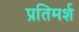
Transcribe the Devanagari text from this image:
प्रतिमर्श